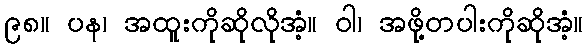
၉၈။ ပန၊ အထူးကိုဆိုလိုအံ့။ ဝါ၊ အဖို့တပါးကိုဆိုအံ့။